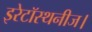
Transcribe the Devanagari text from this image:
इरेटॉस्थनीज।